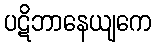
ပဋိဘာနေယျကေ